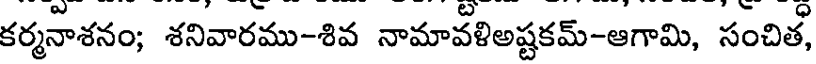
కర్మనాశనం; శనివారము-శివ నామావళిఅష్టకమ్-ఆగామి, సంచిత,